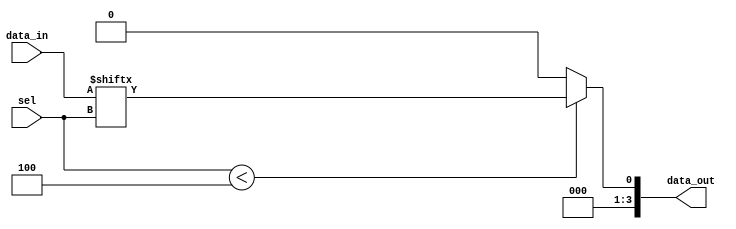
module parameterized_mux #(
    parameter N = 4  // Default number of inputs, can be overridden
) (
    input  wire [N-1:0] data_in,  // N input data lines
    input  wire [$clog2(N)-1:0] sel, // log2(N) selection input
    output reg  [N-1:0] data_out   // Output line
);

    always @(*) begin
        // Default output to zero or any other defined state
        data_out = {N{1'b0}}; // Initialize output to zero

        // Check if sel is within valid range
        if (sel < N) begin
            data_out = data_in[sel]; // Route selected input to output
        end else begin
            // Handle invalid selection (optional)
            // You can set data_out to a specific value or leave it as is
            // For example, we can keep it zero or set it to a specific error code
            // data_out = {N{1'b0}}; // Keep it zero (already done)
        end
    end

endmodule